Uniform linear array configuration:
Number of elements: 16
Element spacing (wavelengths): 1
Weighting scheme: blackman
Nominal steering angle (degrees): -30
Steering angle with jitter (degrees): -29.682
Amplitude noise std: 0.05
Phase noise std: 0.05

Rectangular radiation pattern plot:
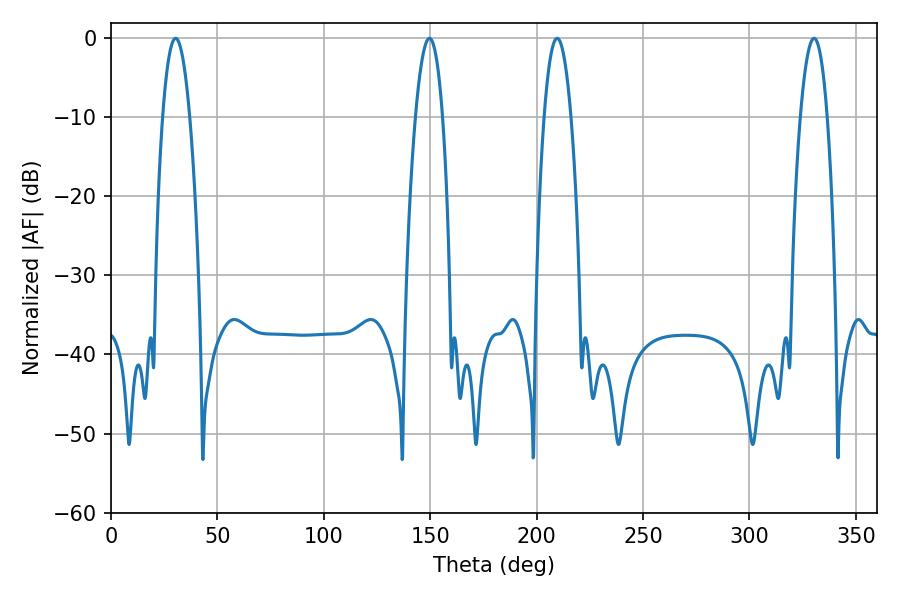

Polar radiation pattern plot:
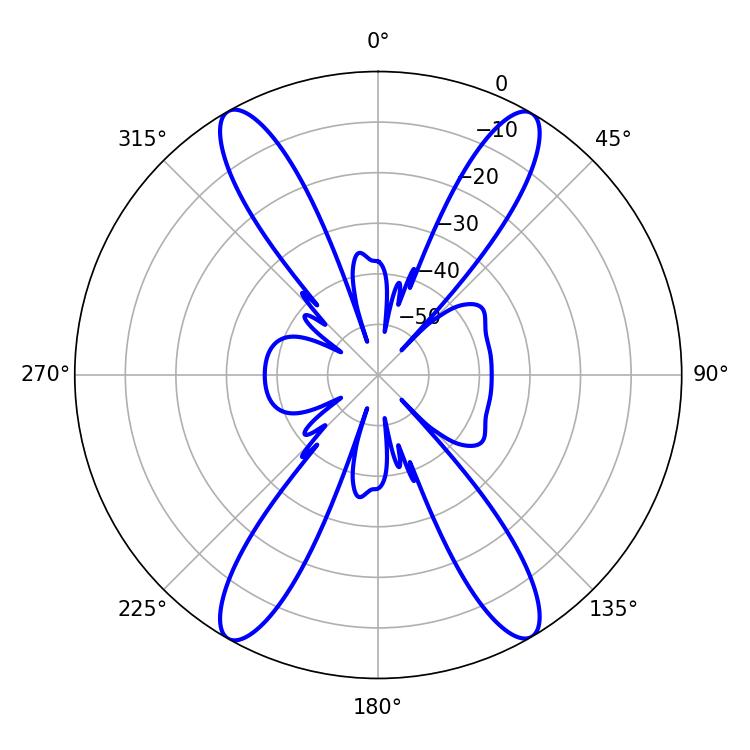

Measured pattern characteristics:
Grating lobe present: TRUE
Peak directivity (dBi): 26.761
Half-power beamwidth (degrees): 7.02
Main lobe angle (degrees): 30.42